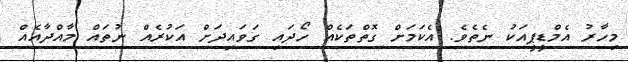
މިހާރު އެމްޑީޕީއަކު ނެތެވެ. އެކަމަށް ގޮތްތަކެއް ހޯދައި ގަވައިދަށް އަކުރެއް ނުތައް މާއްދާއެއް